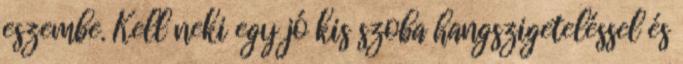
eszembe. Kell neki egy jó kis szoba hangszigeteléssel és